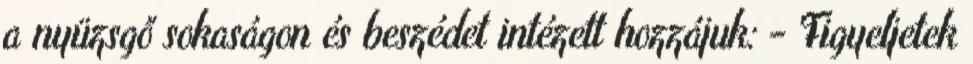
a nyüzsgő sokaságon és beszédet intézett hozzájuk: - Figyeljetek